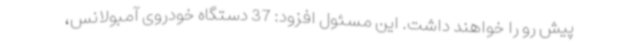
پیش رو را خواهند داشت. این مسئول افزود: 37 دستگاه خودروی آمبولانس،